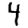
Digit: 4